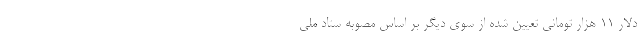
دلار ۱۱ هزار تومانی تعیین شده از سوی دیگر بر اساس مصوبه ستاد ملی